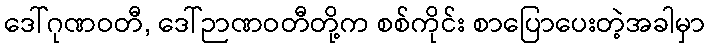
ဒေါ်ဂုဏဝတီ, ဒေါ်ဉာဏဝတီတို့က စစ်ကိုင်း စာပြောပေးတဲ့အခါမှာ